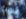
مرورية